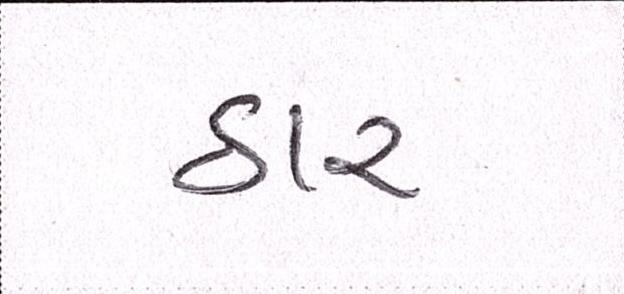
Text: ઠાર